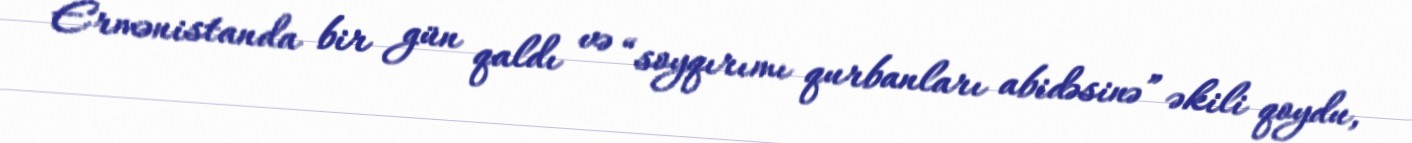
Ermənistanda bir gün qaldı və “soyqırımı qurbanları abidəsinə” əkili qoydu,